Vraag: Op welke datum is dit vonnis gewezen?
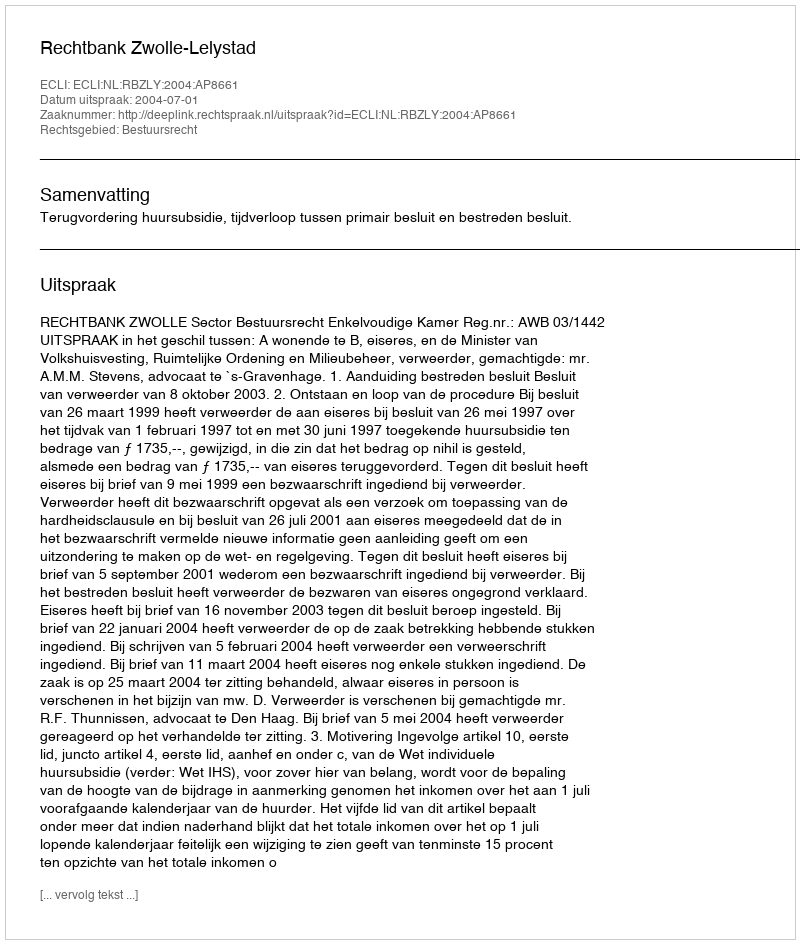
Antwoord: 2004-07-01